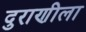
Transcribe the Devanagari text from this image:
दुराणीला